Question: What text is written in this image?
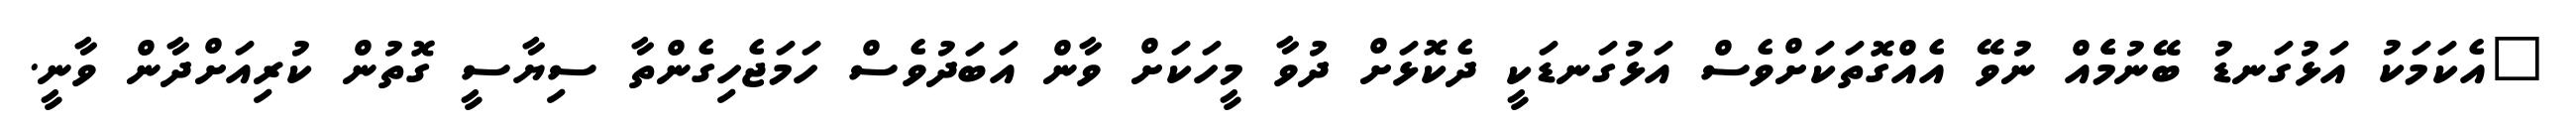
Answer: "އެކަމަކު އަޅުގަނޑު ބޭނުމެެއް ނުވޭ އެއްގޮތަކަށްވެސް އަޅުގަނޑަކީ ދެކޮޅަށް ދުވާ މީހަކަށް ވާން އަބަދުވެސް ހަމަޖެހިގެންތާ ސިޔާސީ ގޮތުން ކުރިއަށްދާން ވާނީ.